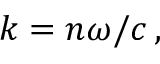
k = n \omega / c \, ,